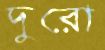
দুরো